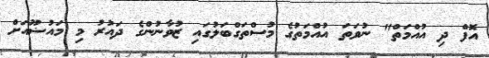
އޮފް ދި އުއްމަތް" ނުވަތަ އުއްމަތުގެ މުސްތަގްބަލުގައި ޒުވާނުންގެ ދައުރު މި މައުޟޫއަށް